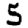
Digit: 5